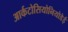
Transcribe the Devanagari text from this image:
आर्कटोसियोनियोडेई